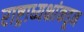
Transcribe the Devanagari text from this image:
राष्ट्राध्यक्षांकडून